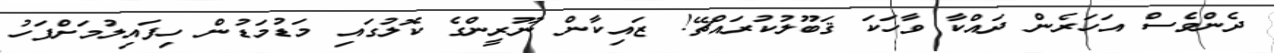
ދެންވެސް އަހަރެން ދައްކާ ވާހަކަ ޤަބޫލުކުރައްޗޭ! ޒައިކާން ނޫރީންގެ ކޮލުގައި މަޑުމަޑުން ހިފައިލުމަށްފަހު